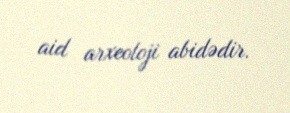
aid arxeoloji abidədir.